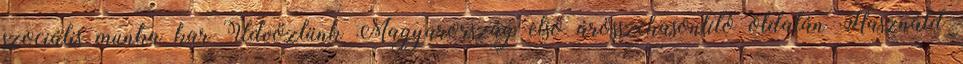
szociális munka kar Üdvözlünk Magyarország első árösszehasonlító oldalán Használd